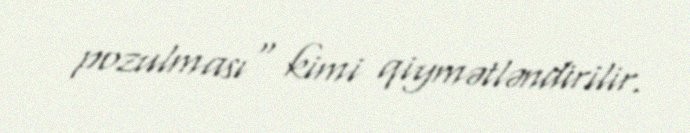
pozulması" kimi qiymətləndirilir.